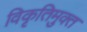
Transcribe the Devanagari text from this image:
विकृतिमुक्त